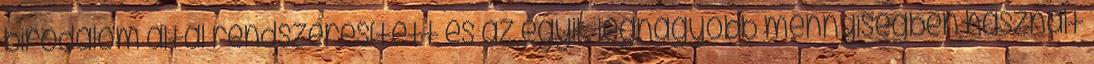
birodalom által rendszeresített és az egyik legnagyobb mennyiségben használt